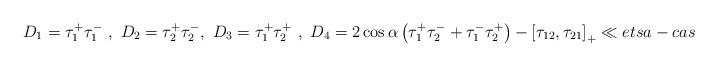
LaTeX: \begin{align*}D_1= \tau_1^+ \tau_1^- \ , \ D_2= \tau_2^+ \tau_2^- , \ D_3= \tau_1^+ \tau_2^+ \ , \ D_4= 2 \cos {\alpha} \left ( \tau_1^+ \tau_2^- + \tau_1^- \tau_2^+ \right )- \left[ \tau_{12}, \tau_{21} \right]_+\ll{etsa-cas}\end{align*}